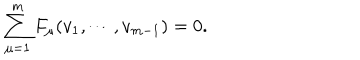
LaTeX: \sum _ { \mu = 1 } ^ { m } F _ { \mu } ( v _ { 1 } , \cdots , v _ { m - 1 } ) = 0 .